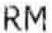
RM